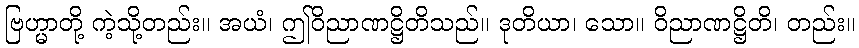
ဗြဟ္မာတို့ ကဲ့သို့တည်း။ အယံ၊ ဤဝိညာဏဋ္ဌိတိသည်။ ဒုတိယာ၊ သော။ ဝိညာဏဋ္ဌိတိ၊ တည်း။